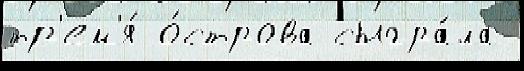
тр'ем'я́ о́строва сыгра́ла